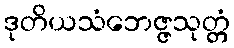
ဒုတိယသံဘေဇ္ဇသုတ္တံ